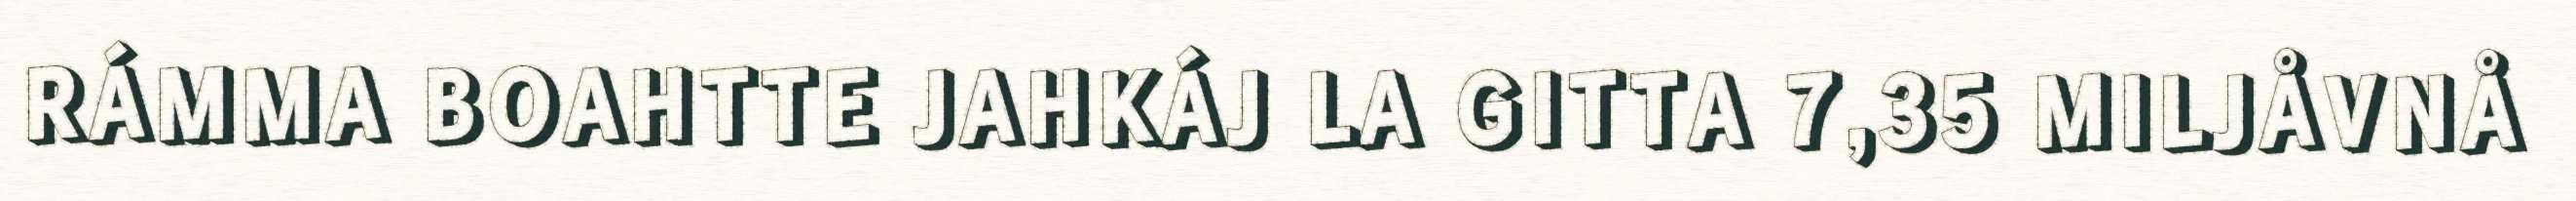
RÁMMA BOAHTTE JAHKÁJ LA GITTA 7,35 MILJÅVNÅ